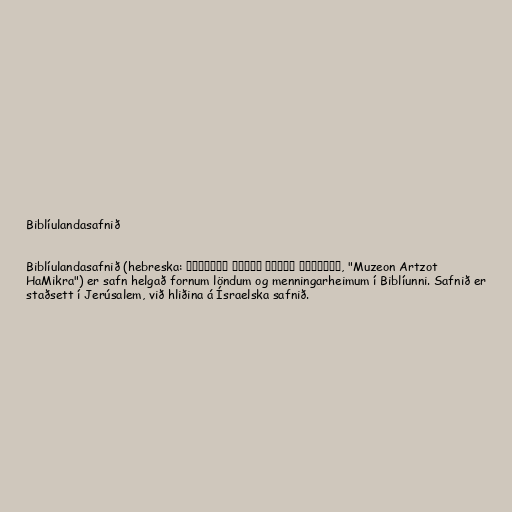
Biblíulandasafnið

Biblíulandasafnið (hebreska: מוזיאון ארצות המקרא ירושלים, "Muzeon Artzot
HaMikra") er safn helgað fornum löndum og menningarheimum í Biblíunni. Safnið er
staðsett í Jerúsalem, við hliðina á Ísraelska safnið.